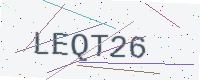
Text: LEQT26